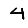
Digit: 4